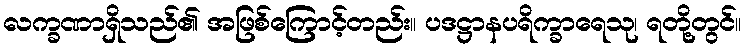
လက္ခဏာရှိသည်၏ အဖြစ်ကြောင့်တည်း။ ပဒဋ္ဌာနပရိက္ခာရေသု၊ ရတို့တွင်။